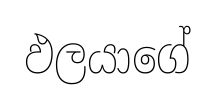
ඵලයාගේ